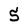
Character: 5